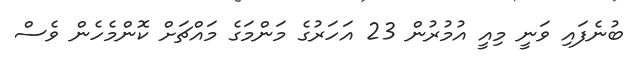
ބުނެފައި ވަނީ މިއީ އުމުރުން 23 އަހަރުގެ މަންމަގެ މައްޗަށް ކޮންމެހެން ވެސް